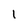
Character: 1